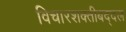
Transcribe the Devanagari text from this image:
विचारशक्तीबद्दल